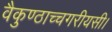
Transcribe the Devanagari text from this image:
वैकुण्ठाच्चगरीयसी।